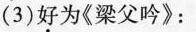
(3)好为《梁父吟》：